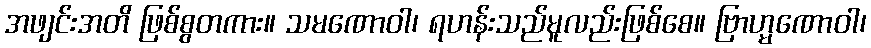
အဖျင်းအတိ ဖြစ်စွတကား။ သမဏောဝါ၊ ရဟန်းသည်မူလည်းဖြစ်စေ။ ဗြာဟ္မဏောဝါ၊